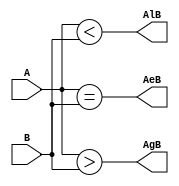
module comparator(
  input [3:0] A, B,
  output AgB, AlB, AeB // A>B, A<B, A=B
);
  assign AgB = (A > B);
  assign AlB = (A < B);
  assign AeB = (A == B);
  
endmodule

// TESTBENCH
module comparator_tb;
  
  reg [3:0] t_A, t_B;
  wire t_AgB, t_AlB, t_AeB;
  
  comparator dut (t_A, t_B, t_AgB, t_AlB, t_AeB);
  
  initial begin
    $dumpfile("comp.vcd");
    $dumpvars();
    $monitor("[%4d] (A)%d (B)%d (A>B)%d (A=B)%b (A<B)%b", $time, t_A, t_B, t_AgB, t_AeB, t_AlB);
    
    t_A = 4'd0; t_B  = 4'd0;
    #10 t_A = 4'd3; t_B  = 4'd6;
    #10 t_A = 4'd15; t_B  = 4'd15;
    #10 t_A = 4'd10; t_B  = 4'd6;
    #10 t_A = 4'd4; t_B  = 4'd0;
    #10 t_A = 4'd0; t_B  = 4'd11;
    #10
    $finish;
    
  end
endmodule